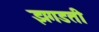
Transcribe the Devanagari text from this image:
झगडती